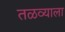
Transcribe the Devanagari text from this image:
तळव्याला